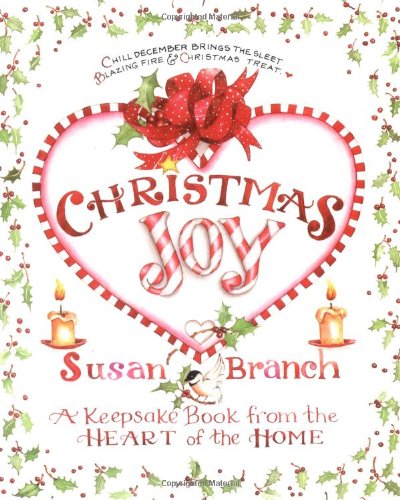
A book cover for Christmas Joy : A Keepsake Book from the Heart of the Home; Susan Branch; Cookbooks, Food & Wine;